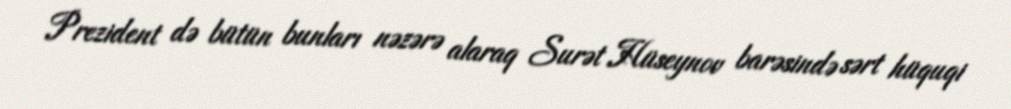
Prezident də bütün bunları nəzərə alaraq Surət Hüseynov barəsində sərt hüquqi